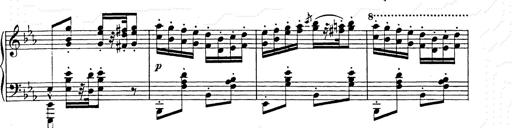
Title: Hungarian Rhapsody No.9
Composer: Franz Liszt
Key: E-flat major